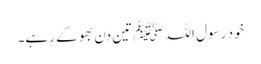
خود رسول اللہﷺ تین دن بھوکے رہے۔